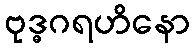
ဗုဒ္ဓဂရဟိနော